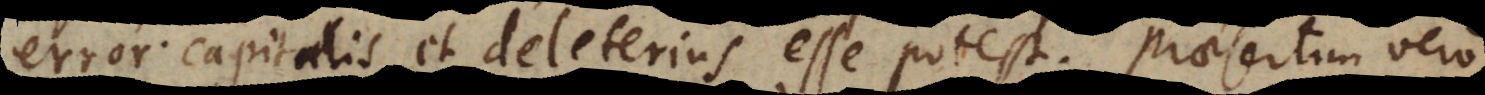
error capitalis et deleterius esse potest. Praesertim vero